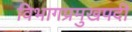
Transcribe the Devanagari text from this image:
विभागप्रमुखपदी